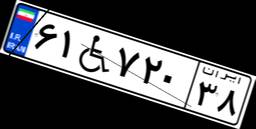
۶۱W۷۲۰۳۸